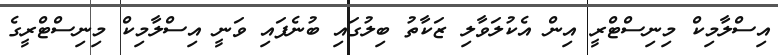
އިސްލާމިކް މިނިސްޓްރީ އިން އެކުލަވާލި ޒަކާތު ބިލުގައި ބުނެފައި ވަނީ އިސްލާމިކް މިނިސްޓްރީގެ